Medical and sanitary report of the native army of Madras for the year
Year: 1876
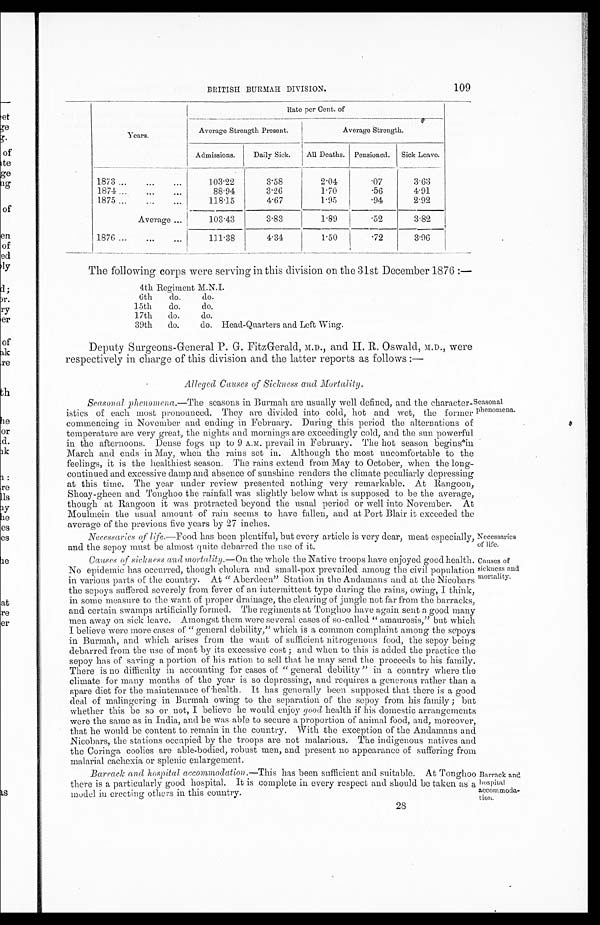
BRITISH BURMAH DIVISION.
109
Years.
Rate per Cent. of
Average Strength Present.
Average Strength.
Admissions.
Daily Sick.
All Deaths.
Pensioned.
Sick Leave.
1873 ...
...
...
1.03·22
3·58
2·04
·07
3·63
1874 . ..
...
...
88·94
3·26
1·70
·56
4·91
1875 ...
...
118·15
4·67
1·95 ·94
2·92
Average
103·43
3·83
1·89
·52
3·82
1876 ...
...
...
111·38
4·34
1·50
·72
3·96
The following corps were serving in this division on the 31st December 1876 :—
4th Regiment M.N.I.
6th
do.
do.
15th
do.
do.
17th
do.
do.
39th
do.
do. Head-Quarters and Left Wing.
Deputy Surgeons-General P. G. FitzGerald, M.D., and H. R. Oswald, M.D., were
respectively in charge of this division and the latter reports as follows :—
Alleged Causes of Sickness and Mortality.
Seasonal phenomena.—The seasons in Burmah are usually well defined, and the character
-istics of each most pronounced. They are divided into cold, hot and wet, the former
commencing in November and ending in February. During this period the alternations of
temperature are very great, the nights and mornings are exceedingly cold, and the sun powerful
in the afternoons. Dense fogs up to 9 A.M. prevail in February. The hot season begins in
March and ends in May, when the rains set in. Although the most uncomfortable to the
feelings, it is the healthiest season. The rains extend from May to October, when the long
-continued and excessive damp and absence of sunshine renders the climate peculiarly depressing
at this time. The year under review presented nothing very remarkable. At Rangoon,
Shoay-gheen and Tonghoo the rainfall was slightly below what is supposed to be the
a v e r a g e t h o u g h a t R a n g o o n i t w a s p r o t r a c t e d b e y o n d t h e u s u a l p e r i o d o r w e l l i n t o N o v e m b e r . A t
Moulmein the usual amount of rain seems to have fallen, and at Port Blair it exceeded the
average of the previous five years by 27 inches.
Seasonal
phenomena.
Necessaries of life.—Food has been plentiful, but every article is very dear, meat especially,
and the sepoy must be almost quite debarred the use of it.
Causes of sickness and mortality.— On the whole the Native troops have enjoyed good health.
No epidemic has occurred, though cholera and small-pox prevailed among the civil population
in various parts of the country. At "Aberdeen" Station in the Andamans and at the Nicobars
the sepoys suffered severely from fever of an intermittent type during the rains, owing, I think,
in some measure to the want of proper drainage, the clearing of jungle not fax from the barracks,
and certain swamps artificially formed. The regiments at Tonghoo have again sent a good many
men away on sick leave. Amongst them were several cases of so-called "amaurosis," but which
I believe were more cases of "general debility," which is a common complaint among the sepoys
in Burmah, and which arises from the want of sufficient nitrogenous food, the sepoy being
debarred from the use of meat by its excessive cost; and when to this is added the practice the
sepoy has of saving a portion of his ration to sell that he may send the proceeds to his family.
There is no difficulty in accounting for cases of "general debility" in a country where the
climate for many months of the year is so depressing, and requires a generous rather than a
spare diet for the maintenance of health. It has generally been supposed that there is a good
deal of malingering in Burmah owing to the separation of the sepoy from his family; but
whether this
malingering
so or not, I believe he would enjoy good health if his domestic arrangements
were the same as in India, and he was able to secure a proportion of animal food, and, moreover,
that he would be content to remain in the country. With the exception of the Andamans and
Nicobars, the stations occupied by the troops are not malarious. The indigenous natives and
the Coringa coolies are able-bodied, robust men, and present no appearance of suffering from
malarial cachexia or splenic enlargement.
Barrack and hospital accommodation .—This has been sufficient and suitable. At Tonghoo
there is a particularly good hospital. It is complete in every respect and should be taken as a
model in erecting others in this country.
28
Necessaries
of life.
Causes of
sickness and
mortality.
Barrack and
hospital
accom moda
-tion.